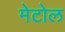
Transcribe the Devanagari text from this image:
मेटोल